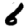
Digit: 6